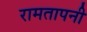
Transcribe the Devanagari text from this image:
रामतापनी